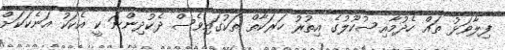
ފިލާވަޅު ތައް ހެދުމާއިސުކޫލުގެ އިތުރު ހަރަކާތް ތަކުގައިވެސް ދެކުދިންނަ ކީ އެކަކު އަނެކަކަށް